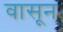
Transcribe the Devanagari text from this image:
वासून